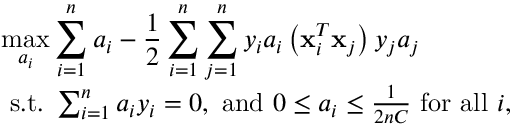
\begin{array} { r l } & { \displaystyle \operatorname* { m a x } _ { a _ { i } } \sum _ { i = 1 } ^ { n } a _ { i } - \frac { 1 } { 2 } \sum _ { i = 1 } ^ { n } \sum _ { j = 1 } ^ { n } y _ { i } a _ { i } \left( \mathbf { x } _ { i } ^ { T } \mathbf { x } _ { j } \right) y _ { j } a _ { j } } \\ & { \mathrm { ~ s . t . ~ } \sum _ { i = 1 } ^ { n } a _ { i } y _ { i } = 0 , \mathrm { ~ a n d ~ } 0 \leq a _ { i } \leq \frac { 1 } { 2 n C } \mathrm { ~ f o r ~ a l l ~ } i , } \end{array}